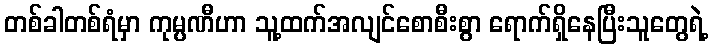
တစ်ခါတစ်ရံမှာ ကုမ္ပဏီဟာ သူ့ထက်အလျင်စောစီးစွာ ရောက်ရှိနေပြီးသူတွေရဲ့